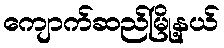
ကျောက်ဆည်မြို့နယ်